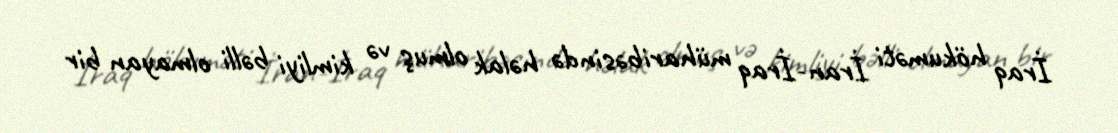
İraq hökuməti İran-İraq müharibəsində həlak olmuş və kimliyi bəlli olmayan bir